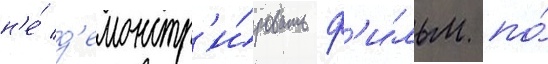
н'е́ д'емонстр'и́ровать ф'и́льм по́